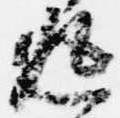
返